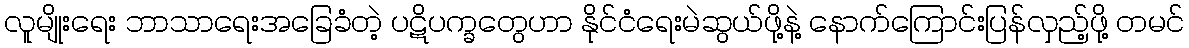
လူမျိုးရေး ဘာသာရေးအခြေခံတဲ့ ပဋိပက္ခတွေဟာ နိုင်ငံရေးမဲဆွယ်ဖို့နဲ့ နောက်ကြောင်းပြန်လှည့်ဖို့ တမင်